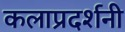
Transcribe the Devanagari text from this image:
कलाप्रदर्शनी